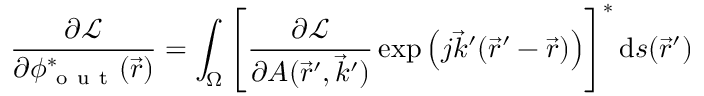
\frac { \partial \mathcal { L } } { \partial \phi _ { \mathrm { ~ o ~ u ~ t ~ } } ^ { * } ( \vec { r } ) } = \int _ { \Omega } \left[ \frac { \partial \mathcal { L } } { \partial A ( \vec { r } ^ { \prime } , \vec { k } ^ { \prime } ) } \exp { \left( j \vec { k } ^ { \prime } ( \vec { r } ^ { \prime } - \vec { r } ) \right) } \right] ^ { * } \mathrm { d } s ( \vec { r } ^ { \prime } )